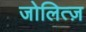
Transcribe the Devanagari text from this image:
जोलित्ज़